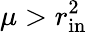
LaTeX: \mu>r_{\mathrm{in}}^{2}